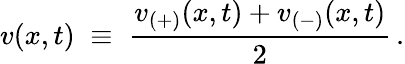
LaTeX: v(x,t)\; \equiv\; \frac{v_{(+)}(x,t)+v_{(-)}(x,t)}{2}\, .